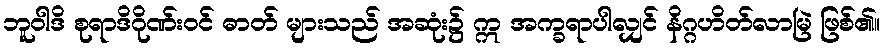
ဘူဝါဒိ စုရာဒိဂိုဏ်းဝင် ဓာတ် များသည် အဆုံး၌ ဣ အက္ခရာပါလျှင် နိဂ္ဂဟိတ်လာမြဲ ဖြစ်၏။